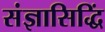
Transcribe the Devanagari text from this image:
संज्ञासिद्धिं